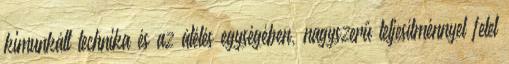
kimunkált technika és az átélés egységében, nagyszerű teljesítménnyel felel